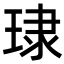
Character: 㻖